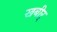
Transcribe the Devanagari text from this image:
खबीर्